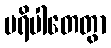
ပရိပါတေတွာ